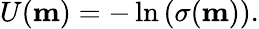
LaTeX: \begin{array}{r}{U(\mathbf{m})=-\ln{\left(\sigma(\mathbf{m})\right)}.}\end{array}